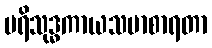
ပရိသုဒ္ဓကာယသမာစာရတာ